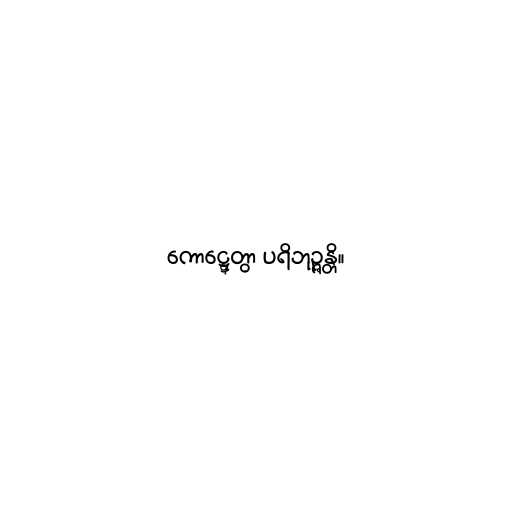
ကောဋ္ဋေတွာ ပရိဘုဉ္ဇန္တိ။